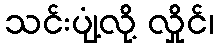
သင်းပျံ့လို့ လှိုင်၊